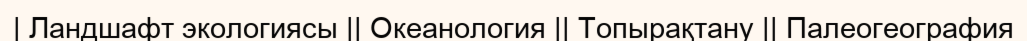
| Ландшафт экологиясы || Океанология || Топырақтану || Палеогеография